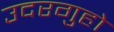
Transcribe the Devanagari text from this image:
उदरगुहो